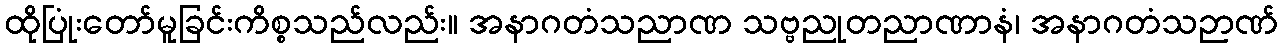
ထိုပြုံးတော်မူခြင်းကိစ္စသည်လည်း။ အနာဂတံသညာဏ သဗ္ဗညုတညာဏာနံ၊ အနာဂတံသဉာဏ်